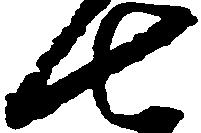
七